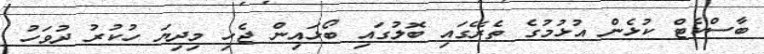
ބާސްކެޓް ކުޅެން އުޅުމުގެ ތެރޭގައި ބޮލުގައި ބޯޅައިން ޖެހި މިދިޔަ ހުކުރު ދުވަހު